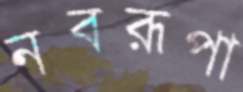
নবরূপা